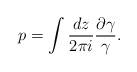
LaTeX: \begin{align*}p=\int {d z\over 2\pi i}{\partial \gamma\over \gamma}.\end{align*}